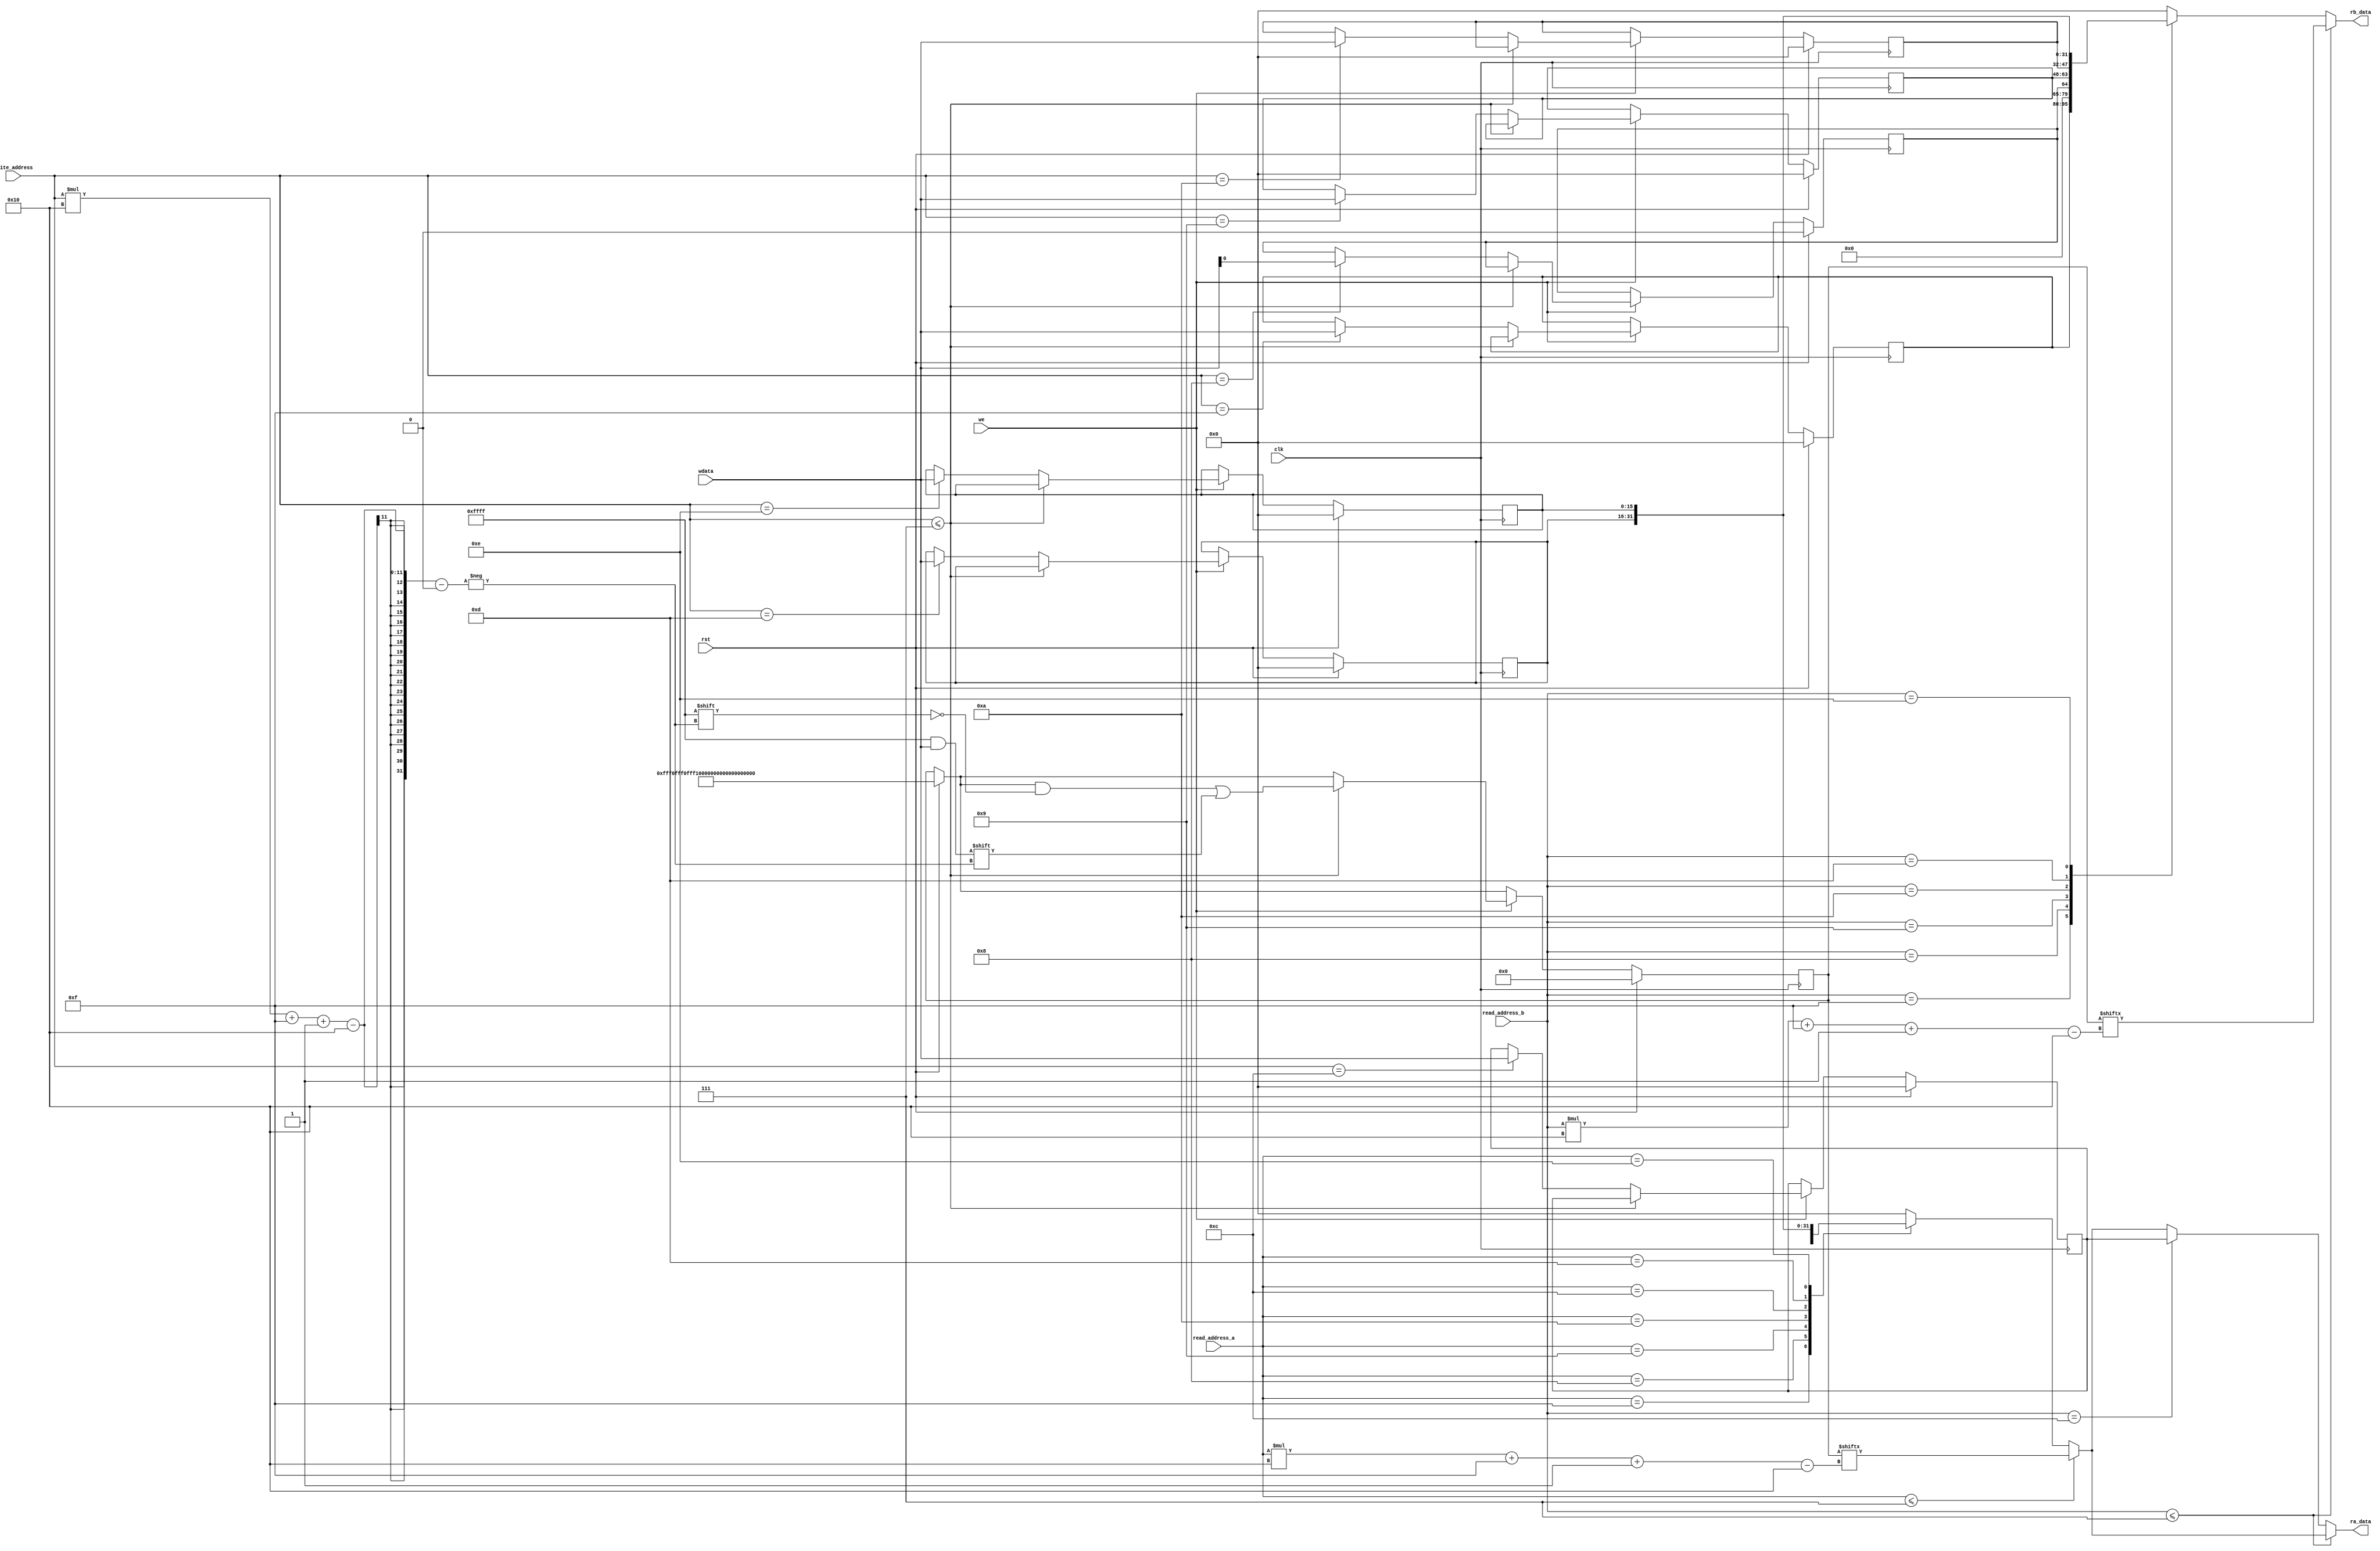
/*
   This file was generated automatically by the Mojo IDE version B1.3.6.
   Do not edit this file directly. Instead edit the original Lucid source.
   This is a temporary file and any changes made to it will be destroyed.
*/

module regfiles_11 (
    input clk,
    input rst,
    input [3:0] write_address,
    input we,
    input [15:0] wdata,
    input [3:0] read_address_a,
    input [3:0] read_address_b,
    output reg [15:0] ra_data,
    output reg [15:0] rb_data
  );
  
  
  
  reg [15:0] M_temp_d, M_temp_q = 1'h0;
  reg [15:0] M_targetnumber_d, M_targetnumber_q = 1'h0;
  reg [0:0] M_opr_d, M_opr_q = 1'h0;
  reg [15:0] M_card_a_d, M_card_a_q = 1'h0;
  reg [15:0] M_card_b_d, M_card_b_q = 1'h0;
  reg [15:0] M_card_a_index_d, M_card_a_index_q = 1'h0;
  reg [15:0] M_card_b_index_d, M_card_b_index_q = 1'h0;
  reg [127:0] M_r_d, M_r_q = 1'h0;
  
  always @* begin
    M_card_b_index_d = M_card_b_index_q;
    M_r_d = M_r_q;
    M_card_b_d = M_card_b_q;
    M_card_a_d = M_card_a_q;
    M_temp_d = M_temp_q;
    M_targetnumber_d = M_targetnumber_q;
    M_opr_d = M_opr_q;
    M_card_a_index_d = M_card_a_index_q;
    
    ra_data = 1'h0;
    rb_data = 1'h0;
    if (rst) begin
      M_r_d = 128'h0fff0fff0fff0fff0fff0fff0fff0fff;
    end
    if (we) begin
      if (write_address <= 3'h7) begin
        M_r_d[(write_address)*16+15-:16] = wdata;
      end else begin
        
        case (write_address)
          4'hf: begin
            M_targetnumber_d = wdata;
          end
          4'h8: begin
            M_opr_d = wdata;
          end
          4'h9: begin
            M_card_a_index_d = wdata;
          end
          4'ha: begin
            M_card_b_index_d = wdata;
          end
          4'hc: begin
            M_temp_d = wdata;
          end
          4'hd: begin
            M_card_a_d = wdata;
          end
          4'he: begin
            M_card_b_d = wdata;
          end
        endcase
      end
    end
    if (read_address_a <= 3'h7) begin
      ra_data = M_r_q[(read_address_a)*16+15-:16];
    end else begin
      
      case (read_address_a)
        4'hf: begin
          ra_data = M_targetnumber_q;
        end
        4'h8: begin
          ra_data = M_opr_q;
        end
        4'h9: begin
          ra_data = M_card_a_index_q;
        end
        4'ha: begin
          ra_data = M_card_b_index_q;
        end
        4'hc: begin
          ra_data = M_temp_q;
        end
        4'hd: begin
          ra_data = M_card_a_q;
        end
        4'he: begin
          ra_data = M_card_b_q;
        end
      endcase
    end
    if (read_address_b <= 3'h7) begin
      rb_data = M_r_q[(read_address_b)*16+15-:16];
    end else begin
      
      case (read_address_b)
        4'hf: begin
          rb_data = M_targetnumber_q;
        end
        4'h8: begin
          rb_data = M_opr_q;
        end
        4'h9: begin
          rb_data = M_card_a_index_q;
        end
        4'ha: begin
          rb_data = M_card_b_index_q;
        end
        4'hc: begin
          ra_data = M_temp_q;
        end
        4'hd: begin
          rb_data = M_card_a_q;
        end
        4'he: begin
          rb_data = M_card_b_q;
        end
      endcase
    end
  end
  
  always @(posedge clk) begin
    if (rst == 1'b1) begin
      M_temp_q <= 1'h0;
      M_targetnumber_q <= 1'h0;
      M_opr_q <= 1'h0;
      M_card_a_q <= 1'h0;
      M_card_b_q <= 1'h0;
      M_card_a_index_q <= 1'h0;
      M_card_b_index_q <= 1'h0;
      M_r_q <= 1'h0;
    end else begin
      M_temp_q <= M_temp_d;
      M_targetnumber_q <= M_targetnumber_d;
      M_opr_q <= M_opr_d;
      M_card_a_q <= M_card_a_d;
      M_card_b_q <= M_card_b_d;
      M_card_a_index_q <= M_card_a_index_d;
      M_card_b_index_q <= M_card_b_index_d;
      M_r_q <= M_r_d;
    end
  end
  
endmodule